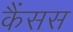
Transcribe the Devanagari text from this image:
कैंसस